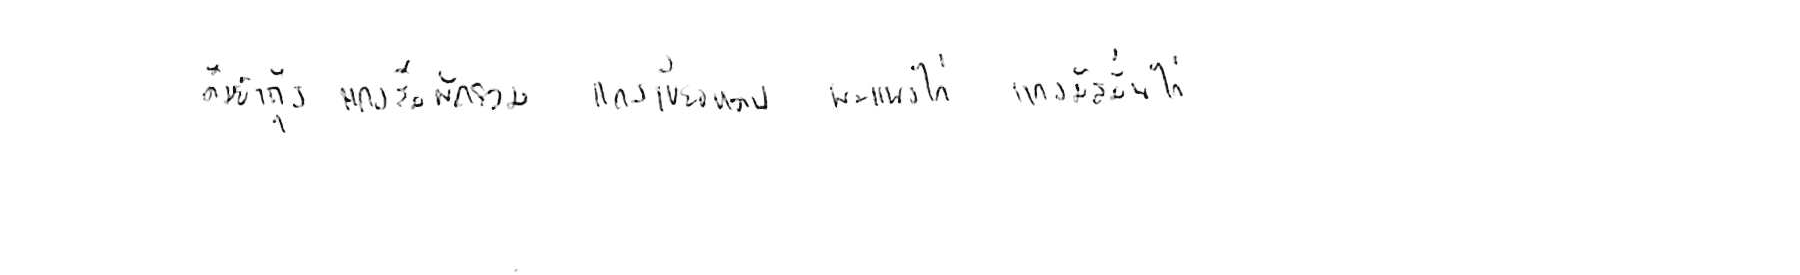
ต้มยำกุ้ง แกงส้มผักรวม แกงเขียวหวาน พะแนงไก่ แกงมัสมั่นไก่